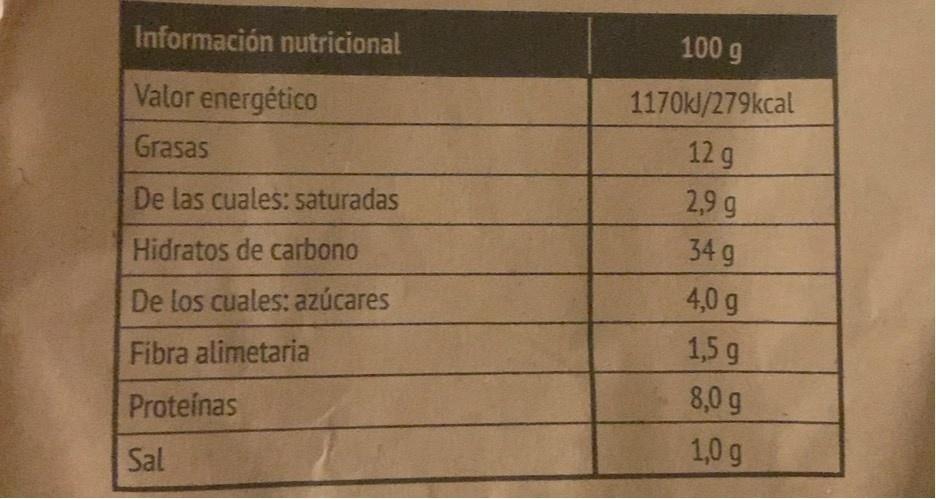
Información nutricional
100 g
Valor energético
1170kl/279kcal
Grasas
12 g
2,9 g
De las cuales: saturadas
34 g
Hidratos de carbono
4,0 g
De los cuales: azúcares
1,5 g
Fibra alimetaria
8,0 g
Proteinas
1,0 g
Sal